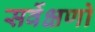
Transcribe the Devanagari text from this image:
सर्वेक्षणो